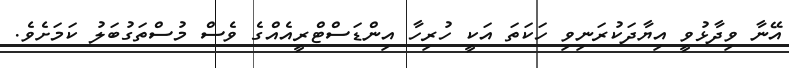
އޭނާ ވިދާޅުވީ އިޔާދަކުރަނިވި ހަކަތަ އަކީ ހުރިހާ އިންޑަސްޓްރީއެއްގެ ވެސް މުސްތަގުބަލު ކަމަށެވެ.